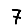
Digit: 7